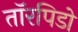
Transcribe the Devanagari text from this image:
तॉरपिडो